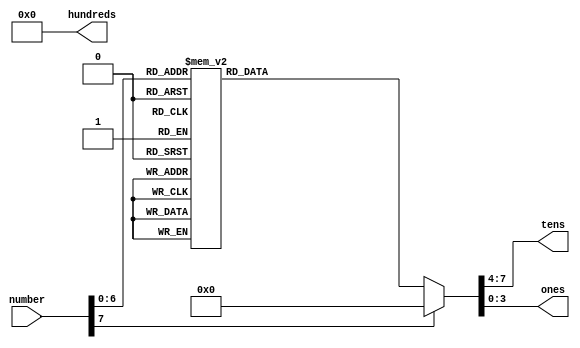
/*
Copyright (C) {2014}  {Shawn Jain} <shawnjain.08@gmail.com>

This program is free software: you can redistribute it and/or modify
it under the terms of the GNU General Public License as published by
the Free Software Foundation, either version 3 of the License, or
(at your option) any later version.

This program is distributed in the hope that it will be useful,
but WITHOUT ANY WARRANTY; without even the implied warranty of
MERCHANTABILITY or FITNESS FOR A PARTICULAR PURPOSE.  See the
GNU General Public License for more details.

You should have received a copy of the GNU General Public License
along with this program.  If not, see <http://www.gnu.org/licenses/>.
*/
// Converts an 8-bit binary number into a decimal representation
// LUT generated from assets/binaryToDecimal.py

module BCD(
   input wire [7:0] number,
   output reg [3:0] hundreds,
   output reg [3:0] tens,
   output reg [3:0] ones);

   always @ (number) begin
      case(number)
         0: begin ones <= 0; tens <= 0; end
         1: begin ones <= 1; tens <= 0; end
         2: begin ones <= 2; tens <= 0; end
         3: begin ones <= 3; tens <= 0; end
         4: begin ones <= 4; tens <= 0; end
         5: begin ones <= 5; tens <= 0; end
         6: begin ones <= 6; tens <= 0; end
         7: begin ones <= 7; tens <= 0; end
         8: begin ones <= 8; tens <= 0; end
         9: begin ones <= 9; tens <= 0; end
         10: begin ones <= 0; tens <= 1; end
         11: begin ones <= 1; tens <= 1; end
         12: begin ones <= 2; tens <= 1; end
         13: begin ones <= 3; tens <= 1; end
         14: begin ones <= 4; tens <= 1; end
         15: begin ones <= 5; tens <= 1; end
         16: begin ones <= 6; tens <= 1; end
         17: begin ones <= 7; tens <= 1; end
         18: begin ones <= 8; tens <= 1; end
         19: begin ones <= 9; tens <= 1; end
         20: begin ones <= 0; tens <= 2; end
         21: begin ones <= 1; tens <= 2; end
         22: begin ones <= 2; tens <= 2; end
         23: begin ones <= 3; tens <= 2; end
         24: begin ones <= 4; tens <= 2; end
         25: begin ones <= 5; tens <= 2; end
         26: begin ones <= 6; tens <= 2; end
         27: begin ones <= 7; tens <= 2; end
         28: begin ones <= 8; tens <= 2; end
         29: begin ones <= 9; tens <= 2; end
         30: begin ones <= 0; tens <= 3; end
         31: begin ones <= 1; tens <= 3; end
         32: begin ones <= 2; tens <= 3; end
         33: begin ones <= 3; tens <= 3; end
         34: begin ones <= 4; tens <= 3; end
         35: begin ones <= 5; tens <= 3; end
         36: begin ones <= 6; tens <= 3; end
         37: begin ones <= 7; tens <= 3; end
         38: begin ones <= 8; tens <= 3; end
         39: begin ones <= 9; tens <= 3; end
         40: begin ones <= 0; tens <= 4; end
         41: begin ones <= 1; tens <= 4; end
         42: begin ones <= 2; tens <= 4; end
         43: begin ones <= 3; tens <= 4; end
         44: begin ones <= 4; tens <= 4; end
         45: begin ones <= 5; tens <= 4; end
         46: begin ones <= 6; tens <= 4; end
         47: begin ones <= 7; tens <= 4; end
         48: begin ones <= 8; tens <= 4; end
         49: begin ones <= 9; tens <= 4; end
         50: begin ones <= 0; tens <= 5; end
         51: begin ones <= 1; tens <= 5; end
         52: begin ones <= 2; tens <= 5; end
         53: begin ones <= 3; tens <= 5; end
         54: begin ones <= 4; tens <= 5; end
         55: begin ones <= 5; tens <= 5; end
         56: begin ones <= 6; tens <= 5; end
         57: begin ones <= 7; tens <= 5; end
         58: begin ones <= 8; tens <= 5; end
         59: begin ones <= 9; tens <= 5; end
         60: begin ones <= 0; tens <= 6; end
         61: begin ones <= 1; tens <= 6; end
         62: begin ones <= 2; tens <= 6; end
         63: begin ones <= 3; tens <= 6; end
         64: begin ones <= 4; tens <= 6; end
         65: begin ones <= 5; tens <= 6; end
         66: begin ones <= 6; tens <= 6; end
         67: begin ones <= 7; tens <= 6; end
         68: begin ones <= 8; tens <= 6; end
         69: begin ones <= 9; tens <= 6; end
         70: begin ones <= 0; tens <= 7; end
         71: begin ones <= 1; tens <= 7; end
         72: begin ones <= 2; tens <= 7; end
         73: begin ones <= 3; tens <= 7; end
         74: begin ones <= 4; tens <= 7; end
         75: begin ones <= 5; tens <= 7; end
         76: begin ones <= 6; tens <= 7; end
         77: begin ones <= 7; tens <= 7; end
         78: begin ones <= 8; tens <= 7; end
         79: begin ones <= 9; tens <= 7; end
         80: begin ones <= 0; tens <= 8; end
         81: begin ones <= 1; tens <= 8; end
         82: begin ones <= 2; tens <= 8; end
         83: begin ones <= 3; tens <= 8; end
         84: begin ones <= 4; tens <= 8; end
         85: begin ones <= 5; tens <= 8; end
         86: begin ones <= 6; tens <= 8; end
         87: begin ones <= 7; tens <= 8; end
         88: begin ones <= 8; tens <= 8; end
         89: begin ones <= 9; tens <= 8; end
         90: begin ones <= 0; tens <= 9; end
         91: begin ones <= 1; tens <= 9; end
         92: begin ones <= 2; tens <= 9; end
         93: begin ones <= 3; tens <= 9; end
         94: begin ones <= 4; tens <= 9; end
         95: begin ones <= 5; tens <= 9; end
         96: begin ones <= 6; tens <= 9; end
         97: begin ones <= 7; tens <= 9; end
         98: begin ones <= 8; tens <= 9; end
         99: begin ones <= 9; tens <= 9; end
         default: begin ones <= 0; tens <= 0; end
      endcase
      hundreds <= 0;
   end
endmodule

// Note: a computational logic based binary to BCD is found at:
// http://www.deathbylogic.com/2013/12/binary-to-binary-coded-decimal-bcd-converter/

module BCDTest;
   reg [7:0] number = 8'd65;
   wire [3:0] hundreds;
   wire [3:0] tens;
   wire [3:0] ones;

   BCD bc(number, hundreds, tens, ones);
   initial begin
      #100
      $display("%d, %d, %d", hundreds, tens, ones);
      $stop();
   end
endmodule